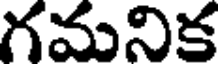
గమనిక